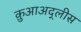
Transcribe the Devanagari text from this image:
क़ुआअद्लीस